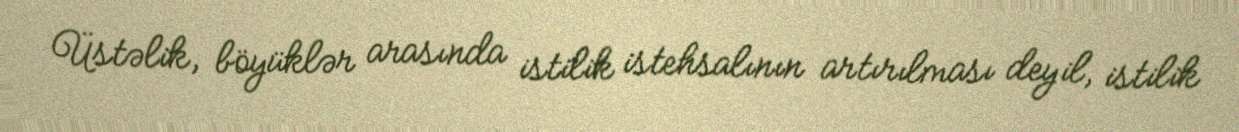
Üstəlik, böyüklər arasında istilik istehsalının artırılması deyil, istilik